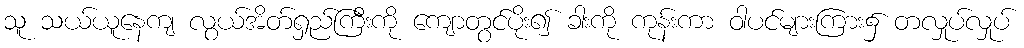
သူ သယ်ယူနေကျ လွယ်အိတ်ရှည်ကြီးကို ကျောတွင်ပိုး၍ ခါးကို ကုန်းကာ ဝါပင်များကြား၌ တလှုပ်လှုပ်